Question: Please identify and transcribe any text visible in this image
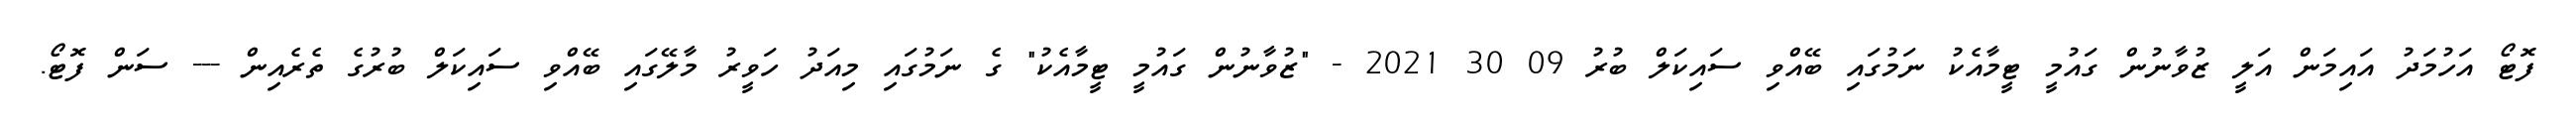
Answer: ފޮޓޯ އަހުމަދު އައިމަން އަލީ ޒުވާނުން ގައުމީ ޓީމާއެކު ނަމުގައި ބޭއްވި ސައިކަލް ބުރު 09 30 2021 - "ޒުވާނުން ގައުމީ ޓީމާއެކު" ގެ ނަމުގައި މިއަދު ހަވީރު މާލޭގައި ބޭއްވި ސައިކަލް ބުރުގެ ތެރެއިން --- ސަން ފޮޓޯ.